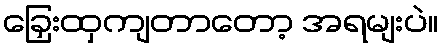
ခြှေးထှကျတာတော့ အရမျးပဲ။